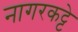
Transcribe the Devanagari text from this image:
नागरकट्टे